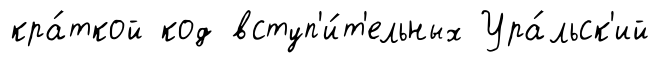
кра́ткой код вступ'и́т'ельных Ура́льск'ий